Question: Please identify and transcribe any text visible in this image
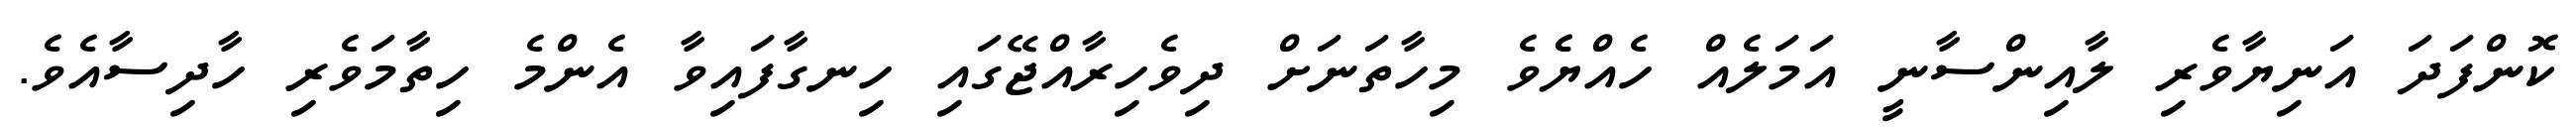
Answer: ކޮންފަދަ އަނިޔާވެރި ލާއިންސާނީ އަމަލެއް ހެއްޔެެވެ މިހާތަނަށް ދިވެހިރާއްޖޭގައި ހިނގާފައިވާ އެންމެ ހިތާމަވެރި ހާދިސާއެވެ.